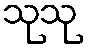
သုသု